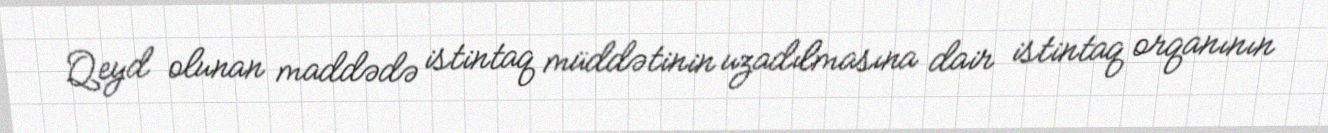
Qeyd olunan maddədə istintaq müddətinin uzadılmasına dair istintaq orqanının